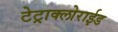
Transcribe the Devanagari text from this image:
टेट्राक्लोराईड